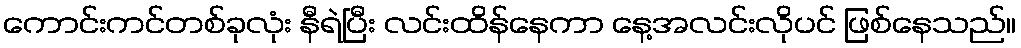
ကောင်းကင်တစ်ခုလုံး နီရဲပြီး လင်းထိန်နေကာ နေ့အလင်းလိုပင် ဖြစ်နေသည်။